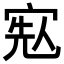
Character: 𡨷